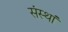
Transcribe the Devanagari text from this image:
संस्थां